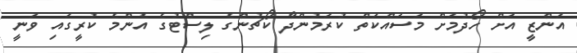
އަންޒީ އަށް ހޯދުމަށް މަސައްކަތް ކުރަމުންދާ ކޯޗުންގެ ލިސްޓުގެ އެންމެ ކުރީގައި ވަނީ